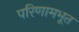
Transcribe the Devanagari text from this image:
परिणामभूत